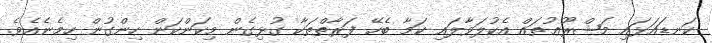
ކަނޑައަޅައި މަޝްރޫޢުތައް އެކުލަވާލައި ކަމާ ބެހޭ ފަރާތްތަކާ ގުޅިގެން މިކަންކަން ހިންގުން ހިމެނެއެވެ.